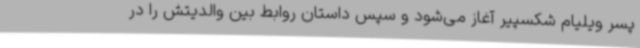
پسر ویلیام شکسپیر آغاز می‌شود و سپس داستان روابط بین والدیتش را در